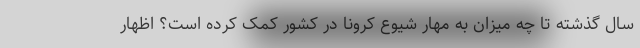
سال گذشته تا چه میزان به مهار شیوع کرونا در کشور کمک کرده است؟ اظهار